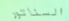
السناتور